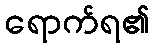
ရောက်ရ၏